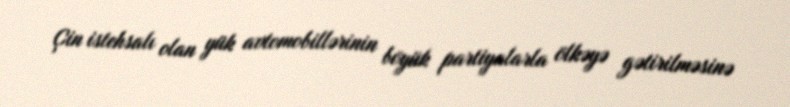
Çin istehsalı olan yük avtomobillərinin böyük partiyalarla ölkəyə gətirilməsinə